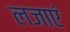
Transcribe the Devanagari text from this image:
लजाएं